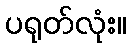
ပရုတ်လုံး။